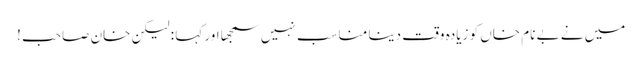
میں نے بے نام خاں کو زیادہ وقت دینا مناسب نہیں سمجھا اور کہا : لیکن خان صاحب !